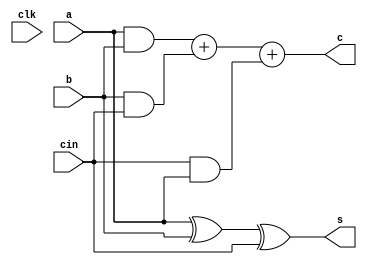
module FA(clk, a, b, cin, s, c);
    input clk;
    input a, b, cin;
    output  s, c;
    assign   s = (a ^ b ^ cin);
    assign   c = ( a & b ) + ( b & cin ) + ( cin & a );
endmodule